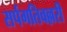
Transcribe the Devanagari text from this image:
सर्पगतिवल्लरी